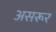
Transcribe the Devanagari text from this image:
असरूर